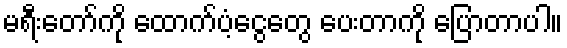
မရီးတော်ကို ထောက်ပံ့ငွေတွေ ပေးတာကို ပြောတာပါ။